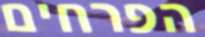
הפרחים